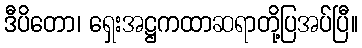
ဒီပိတော၊ ရှေးအဋ္ဌကထာဆရာတို့ပြအပ်ပြီ။